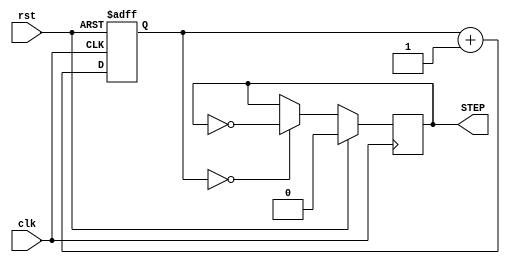
module clkdiv(
	input wire clk,
	input wire rst,
	output reg STEP
);
//STEPclk4
reg [1:0]cnt;
always @ (posedge clk or posedge rst)
begin
	if(rst==1'b1)
		cnt<=2'h0;
	else
		cnt<=cnt+2'h1;
end 
always @(posedge clk)	//cntcntDRAMalwaysSTEP
begin
	if(rst==1'b1)
		STEP<=1'b0;
	else if(cnt==2'h0)
		STEP<=~STEP;
	else
		STEP<=STEP;
end
endmodule